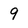
Character: 9